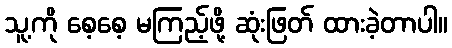
သူ့ကို စေ့စေ့ မကြည့်ဖို့ ဆုံးဖြတ် ထားခဲ့တာပါ။